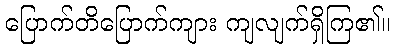
ပြောက်တိပြောက်ကျား ကျလျက်ရှိကြ၏။